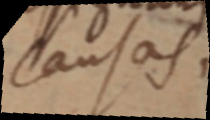
causas.